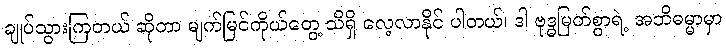
ချုပ်သွားကြတယ် ဆိုတာ မျက်မြင်ကိုယ်တွေ့ သိရှိ လေ့လာနိုင် ပါတယ်၊ ဒါ ဗုဒ္ဓမြတ်စွာရဲ့ အဘိဓမ္မာမှာ